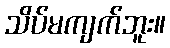
သိပ်မကျက်ဘူး။